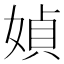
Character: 媜